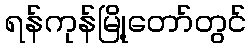
ရန်ကုန်မြို့တော်တွင်